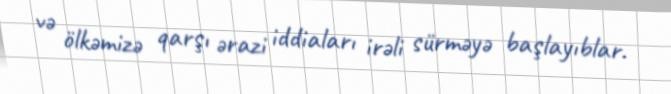
və ölkəmizə qarşı ərazi iddiaları irəli sürməyə başlayıblar.